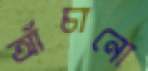
আঁচানো